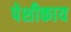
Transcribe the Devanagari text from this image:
पेशीकाय